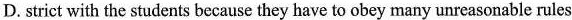
D. strict with the students because they have to obey many unreasonable rules